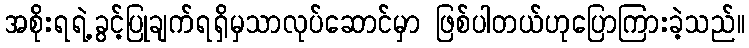
အစိုးရရဲ့ခွင့်ပြုချက်ရရှိမှသာလုပ်ဆောင်မှာ ဖြစ်ပါတယ်ဟုပြောကြားခဲ့သည်။